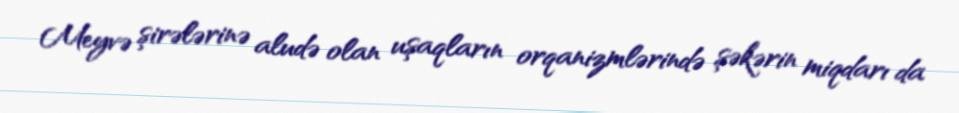
Meyvə şirələrinə aludə olan uşaqların orqanizmlərində şəkərin miqdarı da